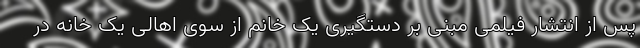
پس از انتشار فیلمی مبنی بر دستگیری یک خانم از سوی اهالی یک خانه در